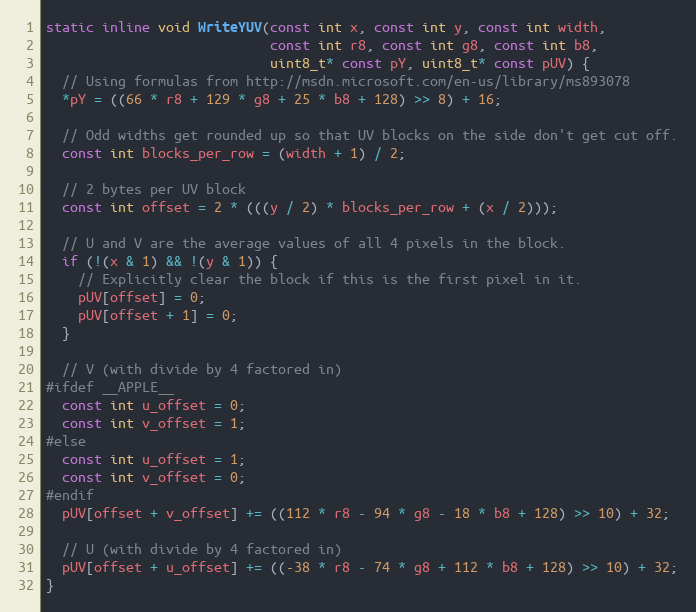
Language: C++
static inline void WriteYUV(const int x, const int y, const int width,
                            const int r8, const int g8, const int b8,
                            uint8_t* const pY, uint8_t* const pUV) {
  // Using formulas from http://msdn.microsoft.com/en-us/library/ms893078
  *pY = ((66 * r8 + 129 * g8 + 25 * b8 + 128) >> 8) + 16;

  // Odd widths get rounded up so that UV blocks on the side don't get cut off.
  const int blocks_per_row = (width + 1) / 2;

  // 2 bytes per UV block
  const int offset = 2 * (((y / 2) * blocks_per_row + (x / 2)));

  // U and V are the average values of all 4 pixels in the block.
  if (!(x & 1) && !(y & 1)) {
    // Explicitly clear the block if this is the first pixel in it.
    pUV[offset] = 0;
    pUV[offset + 1] = 0;
  }

  // V (with divide by 4 factored in)
#ifdef __APPLE__
  const int u_offset = 0;
  const int v_offset = 1;
#else
  const int u_offset = 1;
  const int v_offset = 0;
#endif
  pUV[offset + v_offset] += ((112 * r8 - 94 * g8 - 18 * b8 + 128) >> 10) + 32;

  // U (with divide by 4 factored in)
  pUV[offset + u_offset] += ((-38 * r8 - 74 * g8 + 112 * b8 + 128) >> 10) + 32;
}